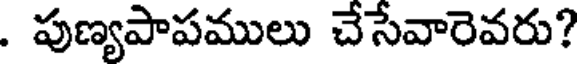
. పుణ్యపాపములు చేసేవారెవరు?